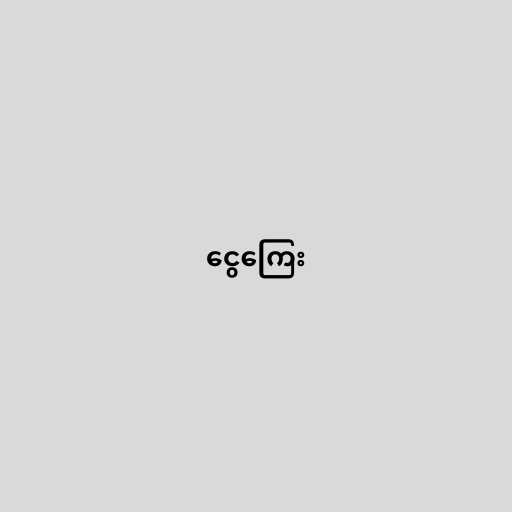
ငွေကြေး